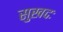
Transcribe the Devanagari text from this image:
सुखदः